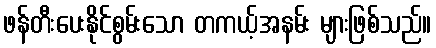
ဖန်တီးပေးနိုင်စွမ်းသော တကယ့်အနမ်း များဖြစ်သည်။